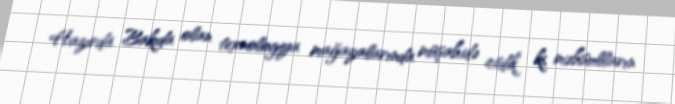
Hazırda Bakıda olan texnologiya mağazalarında müşahidə etdik ki, məhsulların